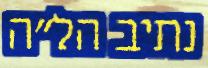
נתיב הל"ה